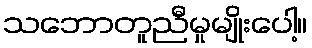
သဘောတူညီမှုမျိုးပေါ့။